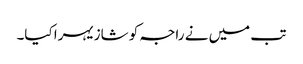
تب میں نے راجہ کو شازیہرا کیا۔